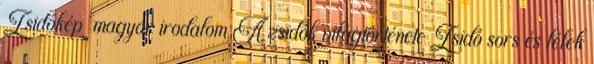
Zsidókép magyar irodalom A zsidók világtörténete Zsidó sors és lélek